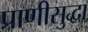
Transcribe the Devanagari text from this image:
प्राणीसुद्धा